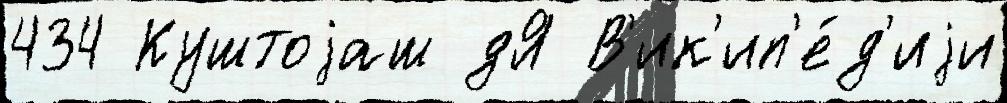
434 Куштоjаш дЯ В'ик'ип'е́д'иjи